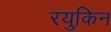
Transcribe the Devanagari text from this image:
रयुकिन